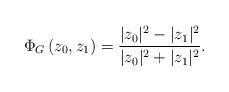
LaTeX: \begin{align*}\Phi_{G}\left(z_{0},z_{1}\right)=\frac{|z_{0}|^{2}-|z_{1}|^{2}}{|z_{0}|^{2}+|z_{1}|^{2}}.\end{align*}